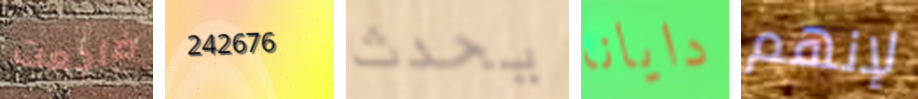
ضاجعت 242676 يحدث دايانا لإنهم